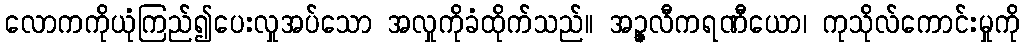
လောကကိုယုံကြည်၍ပေးလှုအပ်သော အလှုကိုခံထိုက်သည်။ အဉ္ဇလီကရဏီယော၊ ကုသိုလ်ကောင်းမှုကို